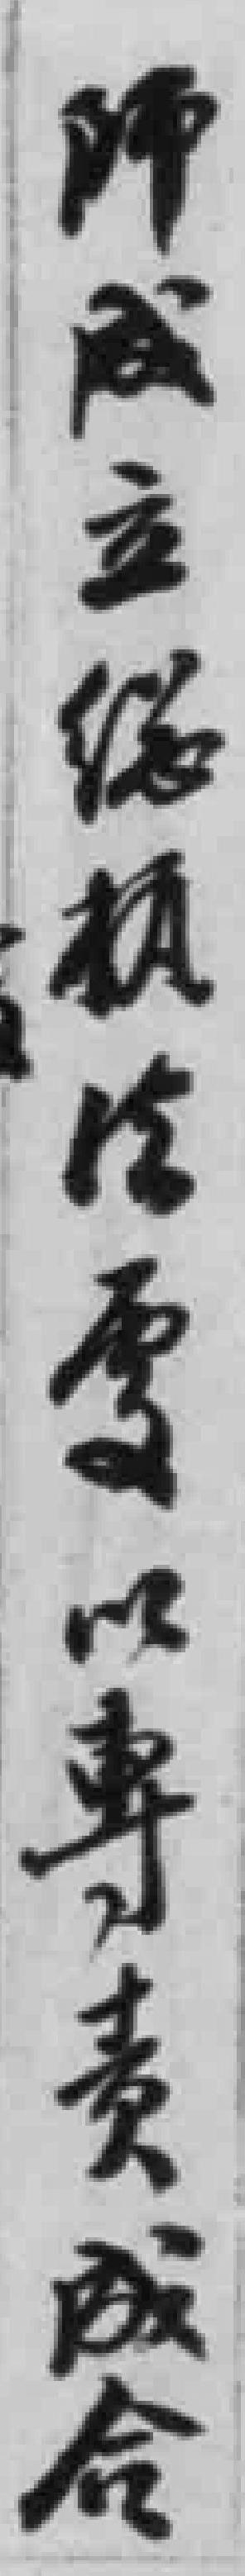
師成立縂执*要以專责成合